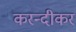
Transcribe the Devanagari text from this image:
करन्दीकर